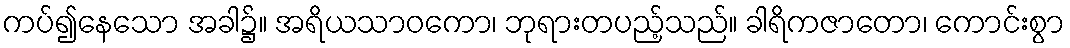
ကပ်၍နေသော အခါ၌။ အရိယသာဝကော၊ ဘုရားတပည့်သည်။ ခါရိကဇာတော၊ ကောင်းစွာ